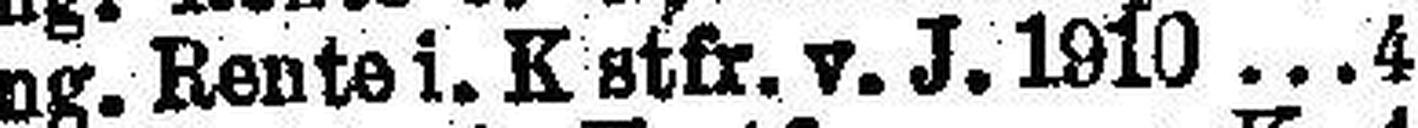
Ung. Rente i. K stfr. v. J. 1910 4